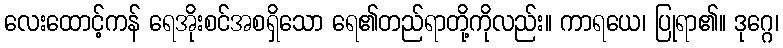
လေးထောင့်ကန် ရေအိုးစင်အစရှိသော ရေ၏တည်ရာတို့ကိုလည်း။ ကာရယေ၊ ပြုရာ၏။ ဒုဂ္ဂေ၊